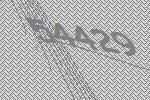
54429